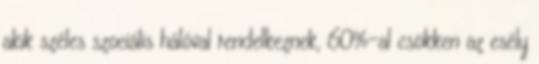
akik széles szociális hálóval rendelkeznek, 60%-al csökken az esély